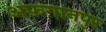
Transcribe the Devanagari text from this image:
अफ़ग़ानपुर